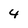
Character: 4